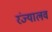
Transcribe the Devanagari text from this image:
रंज्यालव